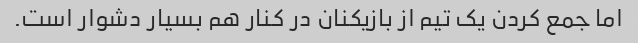
اما جمع کردن یک تیم از بازیکنان در کنار هم بسیار دشوار است.